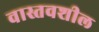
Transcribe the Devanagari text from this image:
वास्तवशील